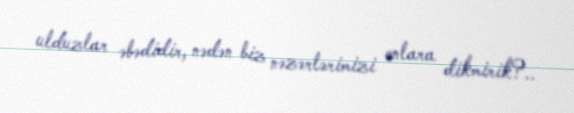
ulduzlar əbədidir, nədən biz nəzərlərimizi onlara dikmirik?..